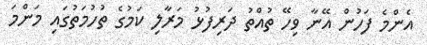
އެންމެ ފަހުން އޭނާ ވިހޭ ތުއްތު ދަރިފުޅު މަރާލި ކަމުގެ ތުހުމަތުގައި މަންމަ